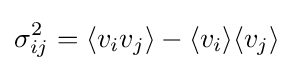
\sigma _{ij}^{2}=\langle {v_{i}v_{j}}\rangle -\langle {v_{i}}\rangle \langle {v_{j}}\rangle